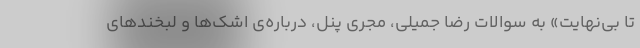
تا بی‌نهایت» به سوالات رضا جمیلی، مجری پنل، درباره‌ی اشک‌ها و لبخندهای